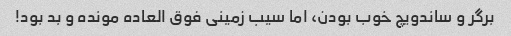
برگر و ساندویچ خوب بودن، اما سیب زمینی فوق العاده مونده و بد بود!